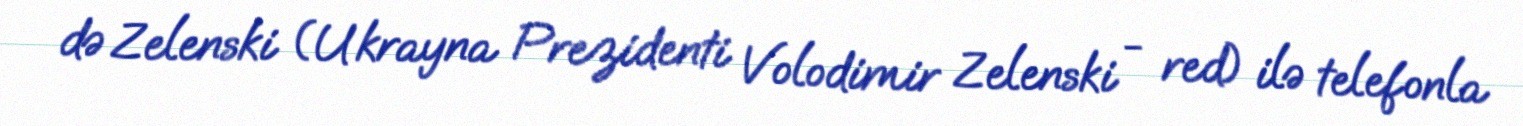
də Zelenski (Ukrayna Prezidenti Volodimir Zelenski - red) ilə telefonla